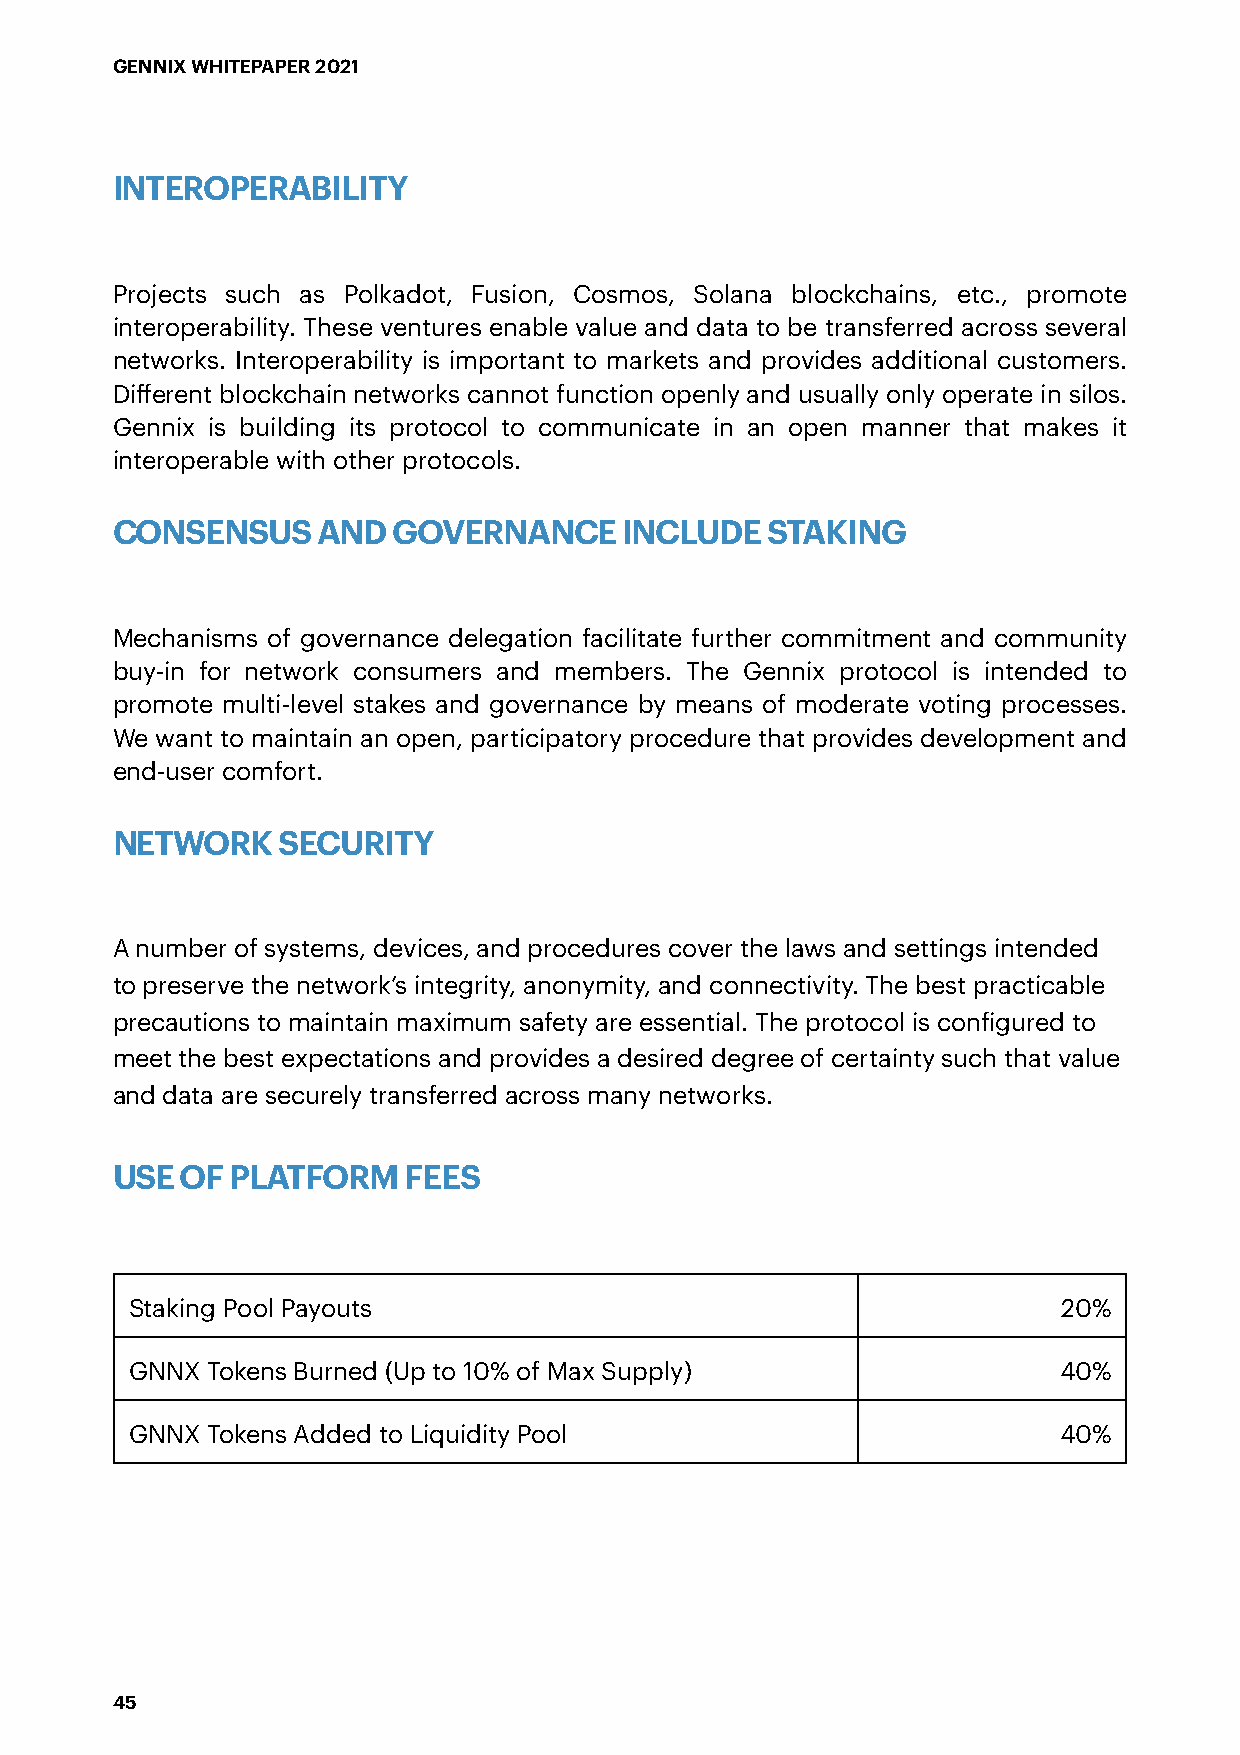
GENNIX WHITEPAPER 2021
 INTEROPERABILITY
 Projects such as Polkadot, Fusion, Cosmos, Solana blockchains, etc., promote
 interoperability. These ventures enable value and data to be transferred across several
 networks. Interoperability is important to markets and provides additional customers.
 Different blockchain networks cannot function openly and usually only operate in silos.
 Gennix is building its protocol to communicate in an open manner that makes it
 interoperable with other protocols.
 CONSENSUS     AND  GOVERNANCE     INCLUDE   STAKING
 Mechanisms of governance delegation facilitate further commitment and community
 buy-in for network consumers and members. The Gennix protocol is intended to
 promote multi-level stakes and governance by means of moderate voting processes.
 We want to maintain an open, participatory procedure that provides development and
 end-user comfort.
 NETWORK    SECURITY
 A number of systems, devices, and procedures cover the laws and settings intended
 to preserve the network’s integrity, anonymity, and connectivity. The best practicable
 precautions to maintain maximum safety are essential. The protocol is configured to
 meet the best expectations and provides a desired degree of certainty such that value
 and data are securely transferred across many networks.
 USE  OF PLATFORM    FEES
 Staking Pool Payouts                                         20%
 GNNX Tokens Burned (Up to 10% of Max Supply)                 40%
 GNNX Tokens Added to Liquidity Pool                          40%
 45